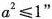
$$a^{2}\leqslant1”$$